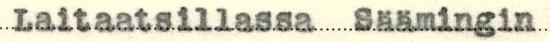
Laitaatsillassa Säämingin